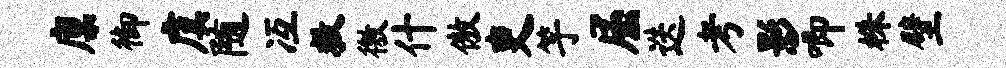
廪御虞随冱救徼什傲吏竽屈迭考影唧株壁